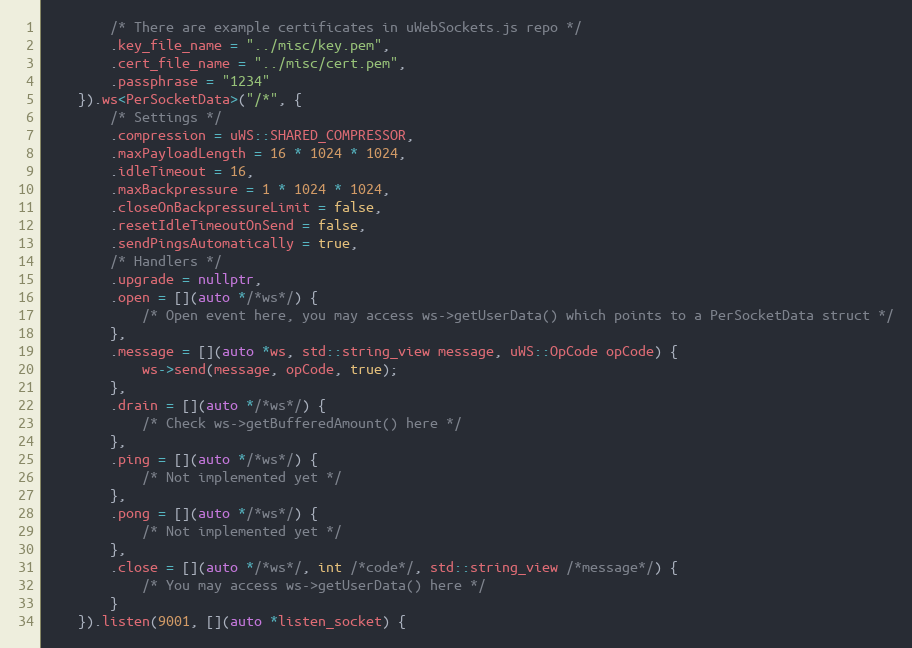
Language: C++
        /* There are example certificates in uWebSockets.js repo */
	    .key_file_name = "../misc/key.pem",
	    .cert_file_name = "../misc/cert.pem",
	    .passphrase = "1234"
	}).ws<PerSocketData>("/*", {
        /* Settings */
        .compression = uWS::SHARED_COMPRESSOR,
        .maxPayloadLength = 16 * 1024 * 1024,
        .idleTimeout = 16,
        .maxBackpressure = 1 * 1024 * 1024,
        .closeOnBackpressureLimit = false,
        .resetIdleTimeoutOnSend = false,
        .sendPingsAutomatically = true,
        /* Handlers */
        .upgrade = nullptr,
        .open = [](auto */*ws*/) {
            /* Open event here, you may access ws->getUserData() which points to a PerSocketData struct */
        },
        .message = [](auto *ws, std::string_view message, uWS::OpCode opCode) {
            ws->send(message, opCode, true);
        },
        .drain = [](auto */*ws*/) {
            /* Check ws->getBufferedAmount() here */
        },
        .ping = [](auto */*ws*/) {
            /* Not implemented yet */
        },
        .pong = [](auto */*ws*/) {
            /* Not implemented yet */
        },
        .close = [](auto */*ws*/, int /*code*/, std::string_view /*message*/) {
            /* You may access ws->getUserData() here */
        }
    }).listen(9001, [](auto *listen_socket) {